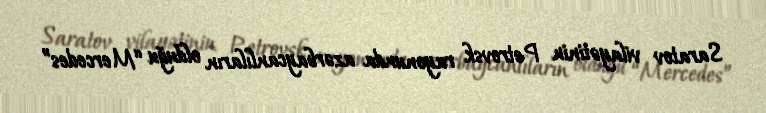
Saratov vilayətinin Petrovsk rayonunda azərbaycanlıların olduğu “Mercedes”